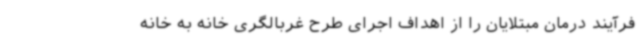
فرآیند درمان مبتلایان را از اهداف اجرای طرح غربالگری خانه به خانه